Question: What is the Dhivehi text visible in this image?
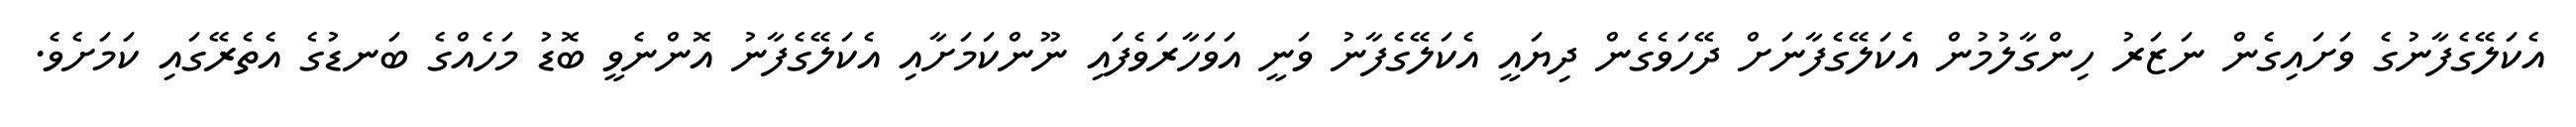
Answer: އެކަލޭގެފާނުގެ ވަށައިގެން ނަޒަރު ހިންގާލުމުން އެކަލޭގެފާނަށް ދޭހަވެގެން ދިޔައީ އެކަލޭގެފާނު ވަނީ އަވަހާރަވެފައި ނޫންކަމަށާއި އެކަލޭގެފާނު އޮންނެވީ ބޮޑު މަހެއްގެ ބަނޑުގެ އެތެރޭގައި ކަމަށެވެ.